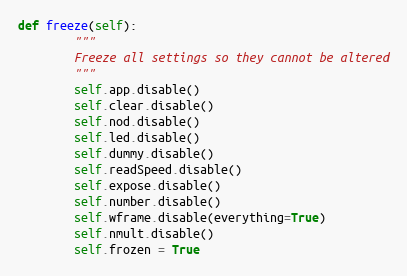
Language: Python
def freeze(self):
        """
        Freeze all settings so they cannot be altered
        """
        self.app.disable()
        self.clear.disable()
        self.nod.disable()
        self.led.disable()
        self.dummy.disable()
        self.readSpeed.disable()
        self.expose.disable()
        self.number.disable()
        self.wframe.disable(everything=True)
        self.nmult.disable()
        self.frozen = True